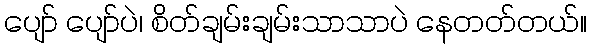
ပျော် ပျော်ပဲ၊ စိတ်ချမ်းချမ်းသာသာပဲ နေတတ်တယ်။